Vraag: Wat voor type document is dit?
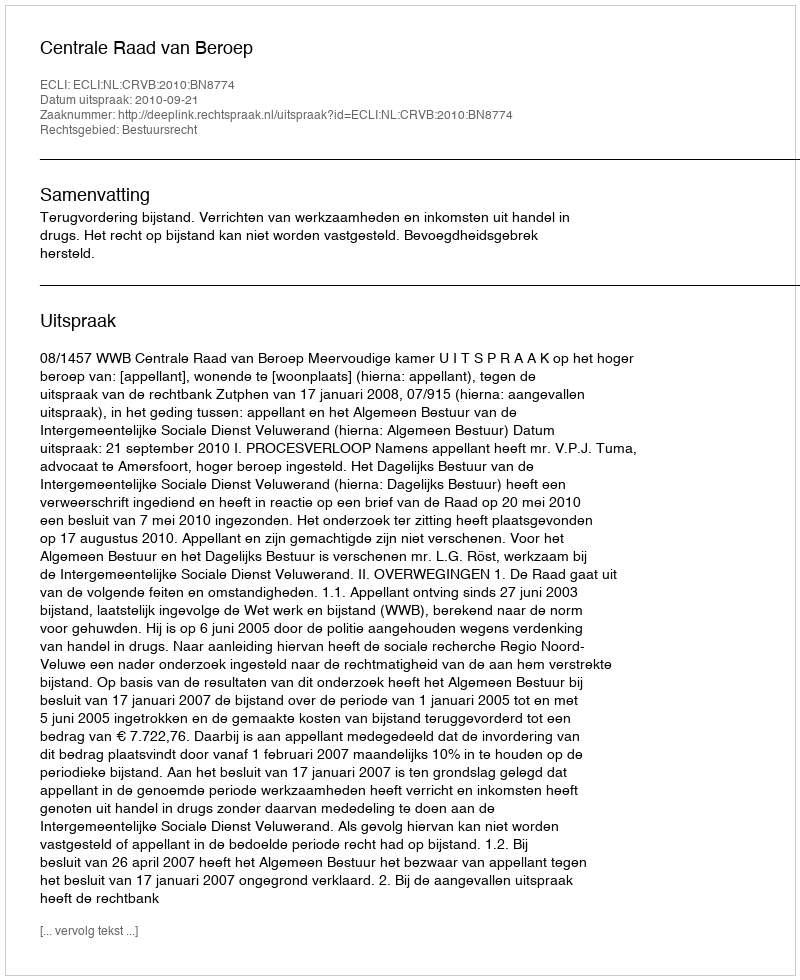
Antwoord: Uitspraak